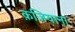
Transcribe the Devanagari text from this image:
क़जियाना